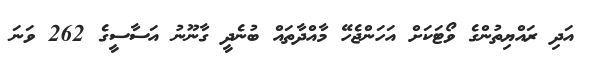
އަދި ރައްޔިތުންގެ ވޯޓަކަށް އަހަންޖެހޭ މާއްދާތައް ބުނެދީ ގާނޫނު އަސާސީގެ 262 ވަނަ